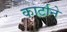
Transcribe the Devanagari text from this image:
कार्टाने